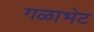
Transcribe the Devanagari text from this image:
गळाभेट